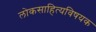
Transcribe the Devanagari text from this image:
लोकसाहित्यविषयक